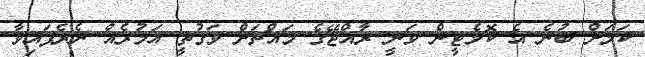
ކަމަށް ބުނެ އެ ކޮމެޓީން ވަނީ ރާއްޖޭގެ މައްޗަށް ވަގުތީ އަމުރެއް ނެރެފައިވާ